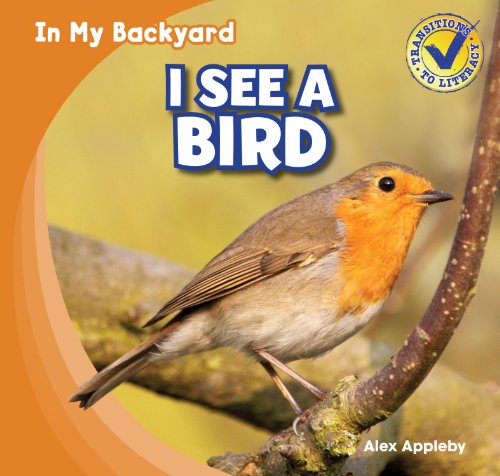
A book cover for I See a Bird (In My Backyard); Alex Appleby; Children's Books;